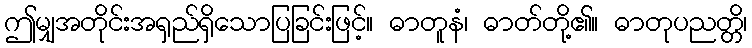
ဤမျှအတိုင်းအရှည်ရှိသောပြခြင်းဖြင့်။ ဓာတူနံ၊ ဓာတ်တို့၏။ ဓာတုပညတ္တိ၊